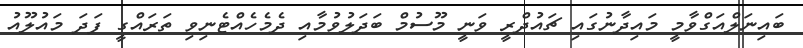
ބައިނަލްއަގްވާމީ މައިދާނުގައި ޗައުދްރީ ވަނީ މޫސުމް ބަދަލުވުމާއި ދެމެހެއްޓެނިވި ތަރައްގީ ފަދަ މައުލޫއު